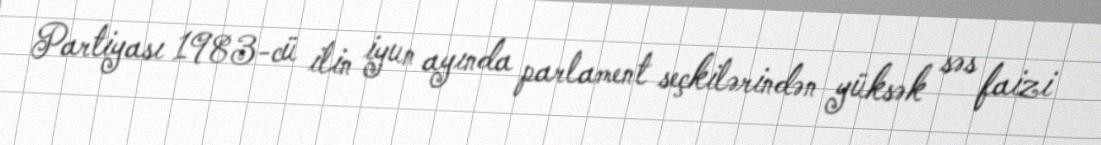
Partiyası 1983-cü ilin iyun ayında parlament seçkilərindən yüksək səs faizi